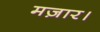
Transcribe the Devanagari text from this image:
मज़ार।